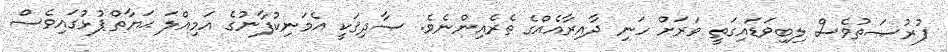
ފުރުޞަތުވެސް ލިބިވަޑައިގަތީ ވަރަށް ހަނި ދާއިރާއެއްގެ ތެރެއިންނެވެ. ޞާދިޤަކީ އެމަނިކުފާނުގެ އަމިއްލަ ޙަޔާތްޕުޅުގައިވެސް